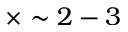
\times \sim 2 - 3